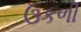
ઉકળી